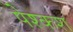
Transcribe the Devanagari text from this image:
पेश्कश